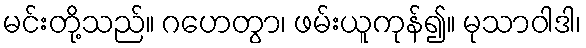
မင်းတို့သည်။ ဂဟေတွာ၊ ဖမ်းယူကုန်၍။ မုသာဝါဒါ၊